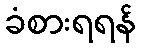
ခံစားရရန်